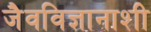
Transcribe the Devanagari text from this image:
जैवविज्ञानाशी